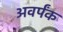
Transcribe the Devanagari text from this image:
अवर्पंक